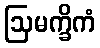
ဩမက္ခိကံ